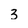
Character: 3